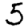
Digit: 5